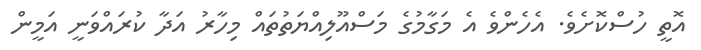
އޮތީ ހުސްކޮށެވެ. އެހެންވެ އެ މަގާމުގެ މަސްއޫލިއްޔަތުތައް މިހާރު އަދާ ކުރައްވަނީ އަމީން